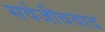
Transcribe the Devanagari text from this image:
सर्वजीववाद